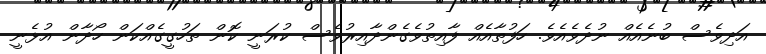
އަދިވެސް ބުނެއެއް ނުދެވެއެވެ. ހަފުތާއެއް ފާއިތުވެގެންދާއިރުވެސް ކުރަނީ ކޮން ތަހުގީގެއްކަން ހޯދާން އުޅެނީ